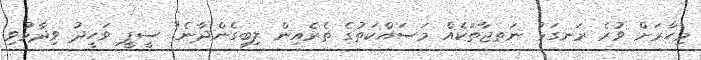
މިހާރަށް ވުރެ ރަނގަޅު ނަތޖާތަކެއް މަސައްކަތުގެ ތެރެއިން ލިބިގެންދާނެ" ސީޕީ ވަހީދު ވިދާޅުވި